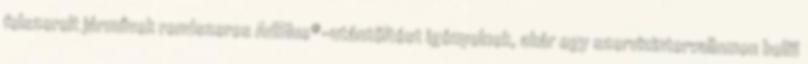
felszerelt járművek rendszeres AdBlue®-utántöltést igényelnek, akár egy szervizintervallumon belül